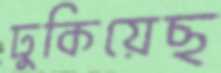
ঢুকিয়েছ